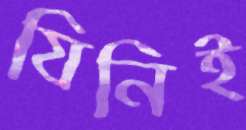
যিনিই